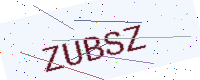
Text: ZUBSZ